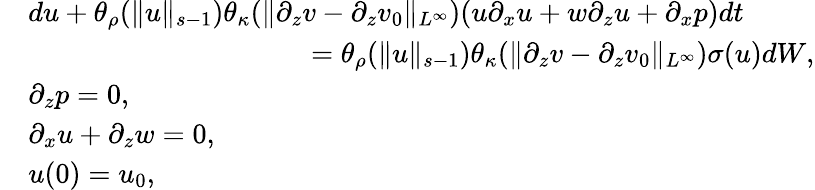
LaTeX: \begin{array}{rl}&{du+\theta_{\rho}(\| u\| _{s-1})\theta_{\kappa}(\| \partial_{z}v-\partial_{z}v_{0}\| _{L^{\infty}})(u\partial_{x}u+w\partial_{z}u+\partial_{x}p)dt}\\ &{\qquad\qquad\qquad\qquad\qquad=\theta_{\rho}(\| u\| _{s-1})\theta_{\kappa}(\| \partial_{z}v-\partial_{z}v_{0}\| _{L^{\infty}})\sigma(u)dW,}\\ &{\partial_{z}p=0,}\\ &{\partial_{x}u+\partial_{z}w=0,}\\ &{u(0)=u_{0},}\end{array}